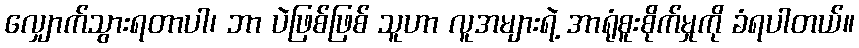
လျှောက်သွားရတာပါ၊ ဘာ ပဲဖြစ်ဖြစ် သူဟာ လူအများရဲ့ အာရုံစူးစိုက်မှုကို ခံရပါတယ်။